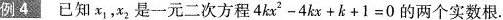
例4已知x_{1}，x_{2}是一元二次方程$$4 k x ^ { 2 } - 4 k x + k + 1 = 0$$的两个实数根。